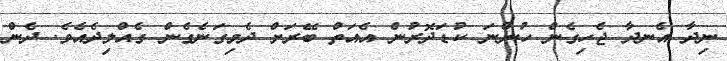
ނިދާ އެނދާ ޖެހިގެން ހުންނަ ކުޑަދޮރުން އެއަތް ބޭރަށް ދެމިގަނެގެން ގެއްލިދެއެވެ. ދެން